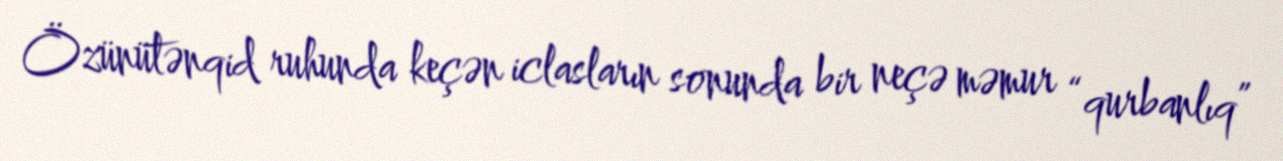
Özünütənqid ruhunda keçən iclasların sonunda bir neçə məmur “qurbanlıq”